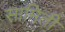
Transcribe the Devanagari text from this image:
सामिती